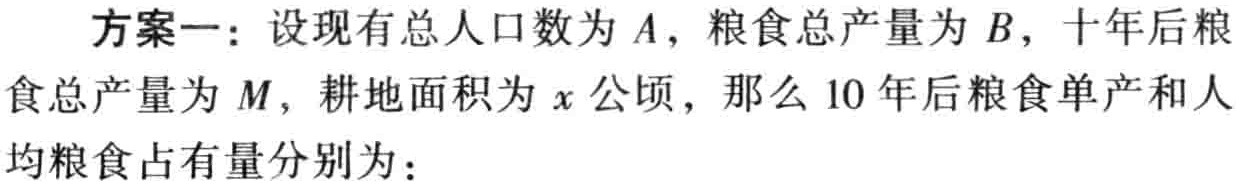
方案一：设现有总人口数为\(A\)，粮食总产量为\(B\)，十年后粮食总产量为\(M\)，耕地面积为\(x\)公顷，那么10年后粮食单产和人均粮食占有量分别为：